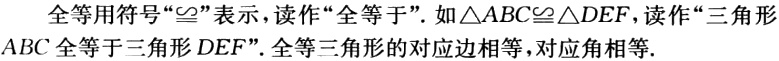
全等用符号“$\cong$”表示，读作“全等于”. 如$\triangle ABC\cong\triangle DEF$，读作“三角形$ABC$全等于三角形$DEF$”. 全等三角形的对应边相等，对应角相等.